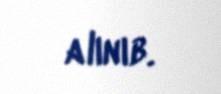
alınıb.